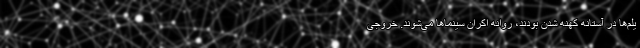
یلم‌ها در آستانه کهنه شدن بودند، روانه اکران سینماها می‌شوند. خروجی